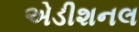
એડીશનલ